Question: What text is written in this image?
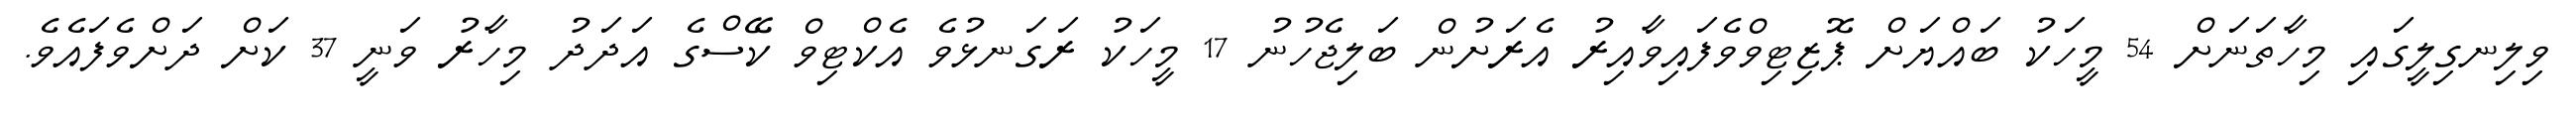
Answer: ވިލިނގިލީގައި މިހާތަނަށް 54 މީހަކު ބައްޔަށް ޕޮޒިޓިވްވެފައިވާއިރު އެރަށުން ބަލިޖެހުނު 17 މީހަކު ރަގަނޅުވެ އެކްޓިވް ކޭސްގެ އަދަދު މިހާރު ވަނީ 37 ކަށް ދަށްވެފައެވެ.